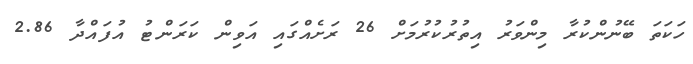
ހަކަތަ ބޭނުންކުރާ މިންވަރު އިތުރުކުރުމަށް 26 ރަށެއްގައި އަވިން ކަރަންޓު އުފައްދާ 2.86